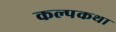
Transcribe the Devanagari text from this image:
कल्पकथा